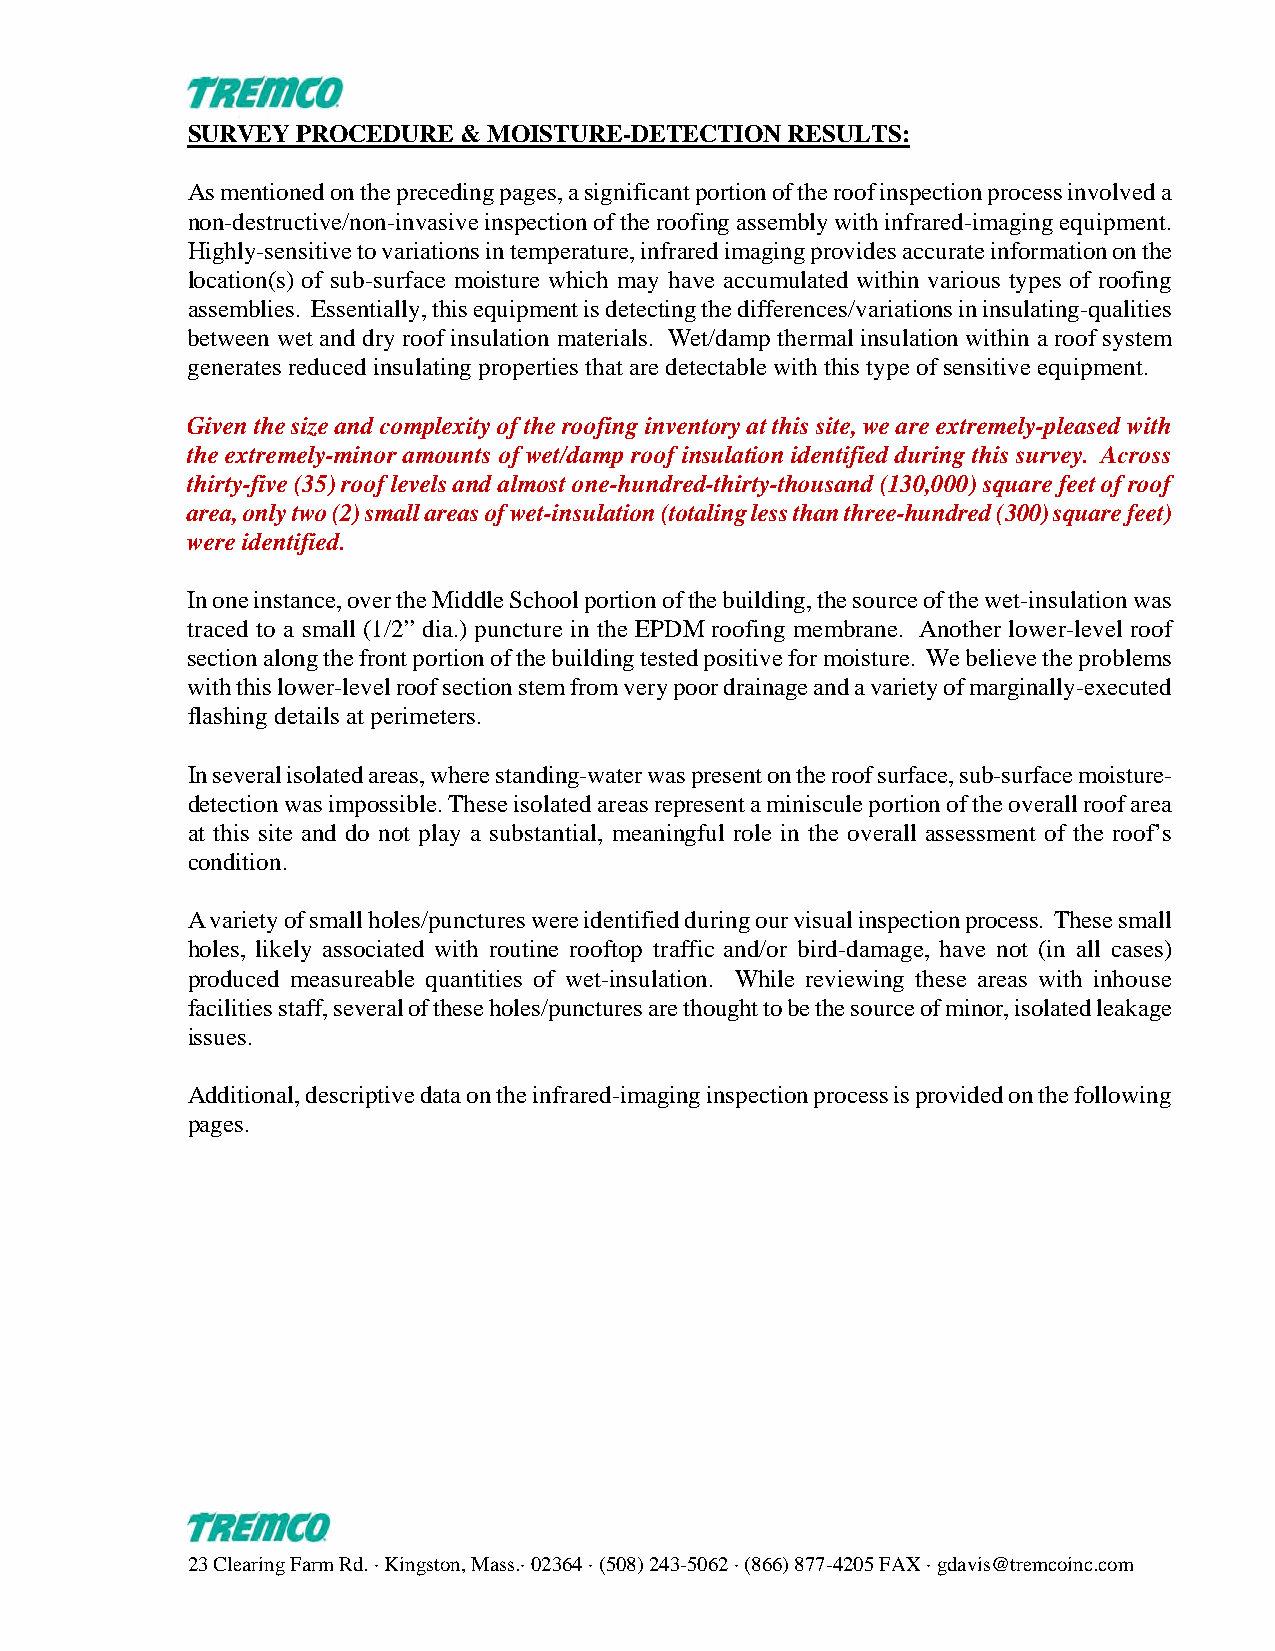
SURVEY  PROCEDURE  & MOISTURE-DETECTION RESULTS:
 As mentioned on the preceding pages, a significant portion of the roof inspection process involved a
 non-destructive/non-invasive inspection of the roofing assembly with infrared-imaging equipment.
 Highly-sensitive to variations in temperature, infrared imaging provides accurate information on the
 location(s) of sub-surface moisture which may have accumulated within various types of roofing
 assemblies. Essentially, this equipment is detecting the differences/variations in insulating-qualities
 between wet and dry roof insulation materials. Wet/damp thermal insulation within a roof system
 generates reduced insulating properties that are detectable with this type of sensitive equipment.
 Given the size and complexity of the roofing inventory at this site, we are extremely-pleased with
 the extremely-minor amounts of wet/damp roof insulation identified during this survey. Across
 thirty-five (35) roof levels and almost one-hundred-thirty-thousand (130,000) square feet of roof
 area, only two (2) small areas of wet-insulation (totaling less than three-hundred (300) square feet)
 were identified.
 In one instance, over the Middle School portion of the building, the source of the wet-insulation was
 traced to a small (1/2” dia.) puncture in the EPDM roofing membrane. Another lower-level roof
 section along the front portion of the building tested positive for moisture. We believe the problems
 with this lower-level roof section stem from very poor drainage and a variety of marginally-executed
 flashing details at perimeters.
 In several isolated areas, where standing-water was present on the roof surface, sub-surface moisture-
 detection was impossible. These isolated areas represent a miniscule portion of the overall roof area
 at this site and do not play a substantial, meaningful role in the overall assessment of the roof’s
 condition.
 A variety of small holes/punctures were identified during our visual inspection process. These small
 holes, likely associated with routine rooftop traffic and/or bird-damage, have not (in all cases)
 produced measureable quantities of wet-insulation. While reviewing these areas with inhouse
 facilities staff, several of these holes/punctures are thought to be the source of minor, isolated leakage
 issues.
 Additional, descriptive data on the infrared-imaging inspection process is provided on the following
 pages.
 23 Clearing Farm Rd. · Kingston, Mass.· 02364 · (508) 243-5062 · (866) 877-4205 FAX · gdavis@tremcoinc.com